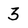
Character: 3